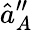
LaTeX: \hat{a}_{A}^{\prime\prime}